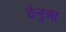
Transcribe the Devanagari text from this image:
ठेनुआ